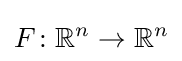
F\colon \mathbb {R} ^{n}\to \mathbb {R} ^{n}